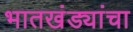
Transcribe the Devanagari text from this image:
भातखंड्यांचा